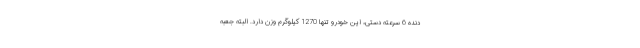
دنده 6 سرعته دستی، این خودرو تنها 1270 کیلوگرم وزن دارد. البته جعبه